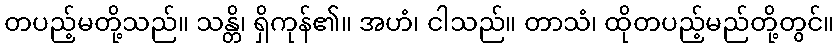
တပည့်မတို့သည်။ သန္တိ၊ ရှိကုန်၏။ အဟံ၊ ငါသည်။ တာသံ၊ ထိုတပည့်မည်တို့တွင်။